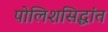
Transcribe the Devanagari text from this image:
पोलिशसिद्धांत